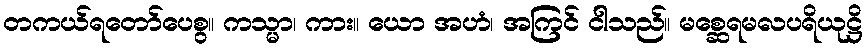
တကယ်ရတော်ပေစွ။ ကသ္မာ၊ ကား။ ယော အဟံ၊ အကြင် ငါသည်။ မစ္ဆေရမလပရိယုဋ္ဌိ